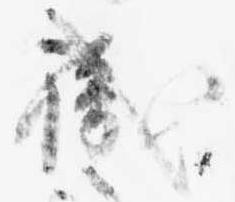
職